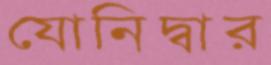
যোনিদ্বার